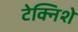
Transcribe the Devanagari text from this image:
टेक्निशे